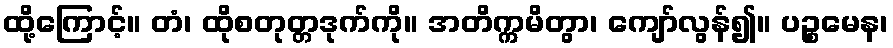
ထို့ကြောင့်။ တံ၊ ထိုစတုတ္တဒုက်ကို။ အတိက္ကမိတွာ၊ ကျော်လွန်၍။ ပဉ္စမေန၊